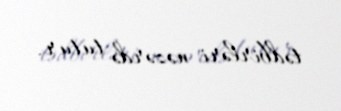
tədbirləri nəzərdə tutur.